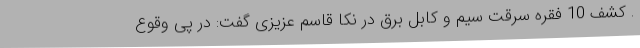
. کشف 10 فقره سرقت سیم و کابل برق در نکا قاسم عزیزی گفت: در پی وقوع